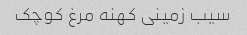
سیب زمینی کهنه مرغ کوچک